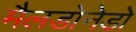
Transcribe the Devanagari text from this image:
मैलडोनेडो